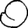
Digit: 0